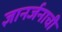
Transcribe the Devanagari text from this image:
ज्ञानर्जनाची